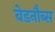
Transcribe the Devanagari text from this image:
बेडनौब्स